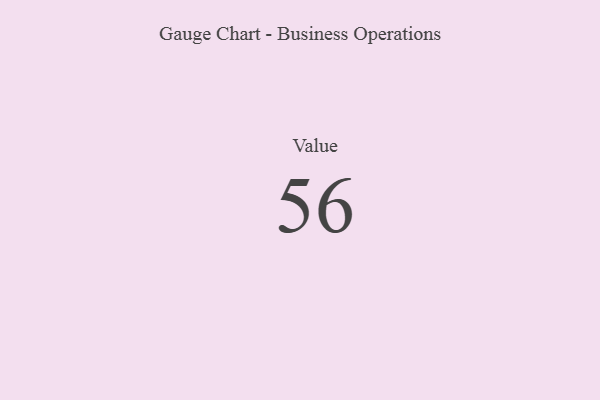
{"axis": {"x": "Metric", "y": "Value"}, "legend": [""], "data": [{"x": "Value", "y": 56, "type": ""}]}